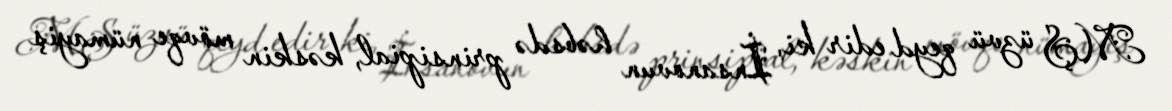
MŞ üzvü qeyd edir ki, İnsanovun həbsdə prinsipial, kəskin mövqe nümayiş